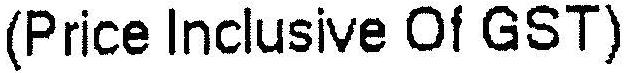
(PRICE INCLUSIVE OF GST)